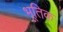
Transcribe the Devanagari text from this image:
भूतिक